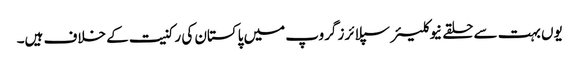
یوں بہت سے حلقے نیوکلیئر سپلائرز گروپ میں پاکستان کی رکنیت کے خلاف ہیں۔